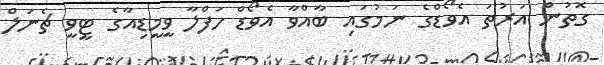
ގޮތުން އަރުތަ އެވޯޑްގެ ނަމުގައި ބާއްވާ އެވޯޑް ހަފްލާ ވީމީޑިއާގެ ޓީވީ ޗެނަލް